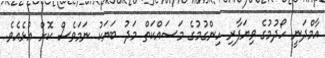
އާމްދަނީ ހޯދުމުގެ ވިޔަފާރި ހިންގުމުގެ މަސައްކަތް މަދު ބަޔަކު ނަމަވެސް ކޮށް އުޅެއެވެ.